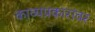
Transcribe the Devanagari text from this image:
काव्यप्रकारांवर